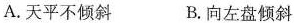
A.天平不倾斜 B.向左盘倾斜